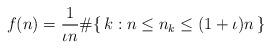
LaTeX: \begin{align*} f(n) = \frac{1}{\iota n} \# \{\, k : n \leq n_k \leq (1 + \iota) n \,\} \end{align*}